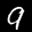
Label: 9